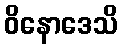
ဝိနောဒေသိ